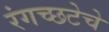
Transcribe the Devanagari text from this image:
रंगच्‍छटेचे